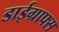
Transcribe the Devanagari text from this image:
डाईग्राफ्स